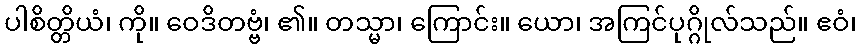
ပါစိတ္တိယံ၊ ကို။ ဝေဒိတဗ္ဗံ၊ ၏။ တသ္မာ၊ ကြောင်း။ ယော၊ အကြင်ပုဂ္ဂိုလ်သည်။ ဧဝံ၊